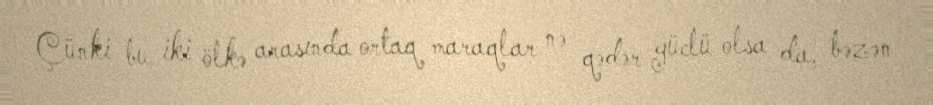
Çünki bu iki ölkə arasında ortaq maraqlar nə qədər güclü olsa da, bəzən